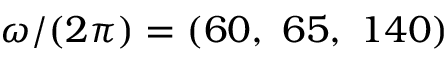
\omega / ( 2 \pi ) = ( 6 0 , \ 6 5 , \ 1 4 0 )